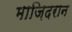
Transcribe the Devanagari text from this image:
माज़िदरान